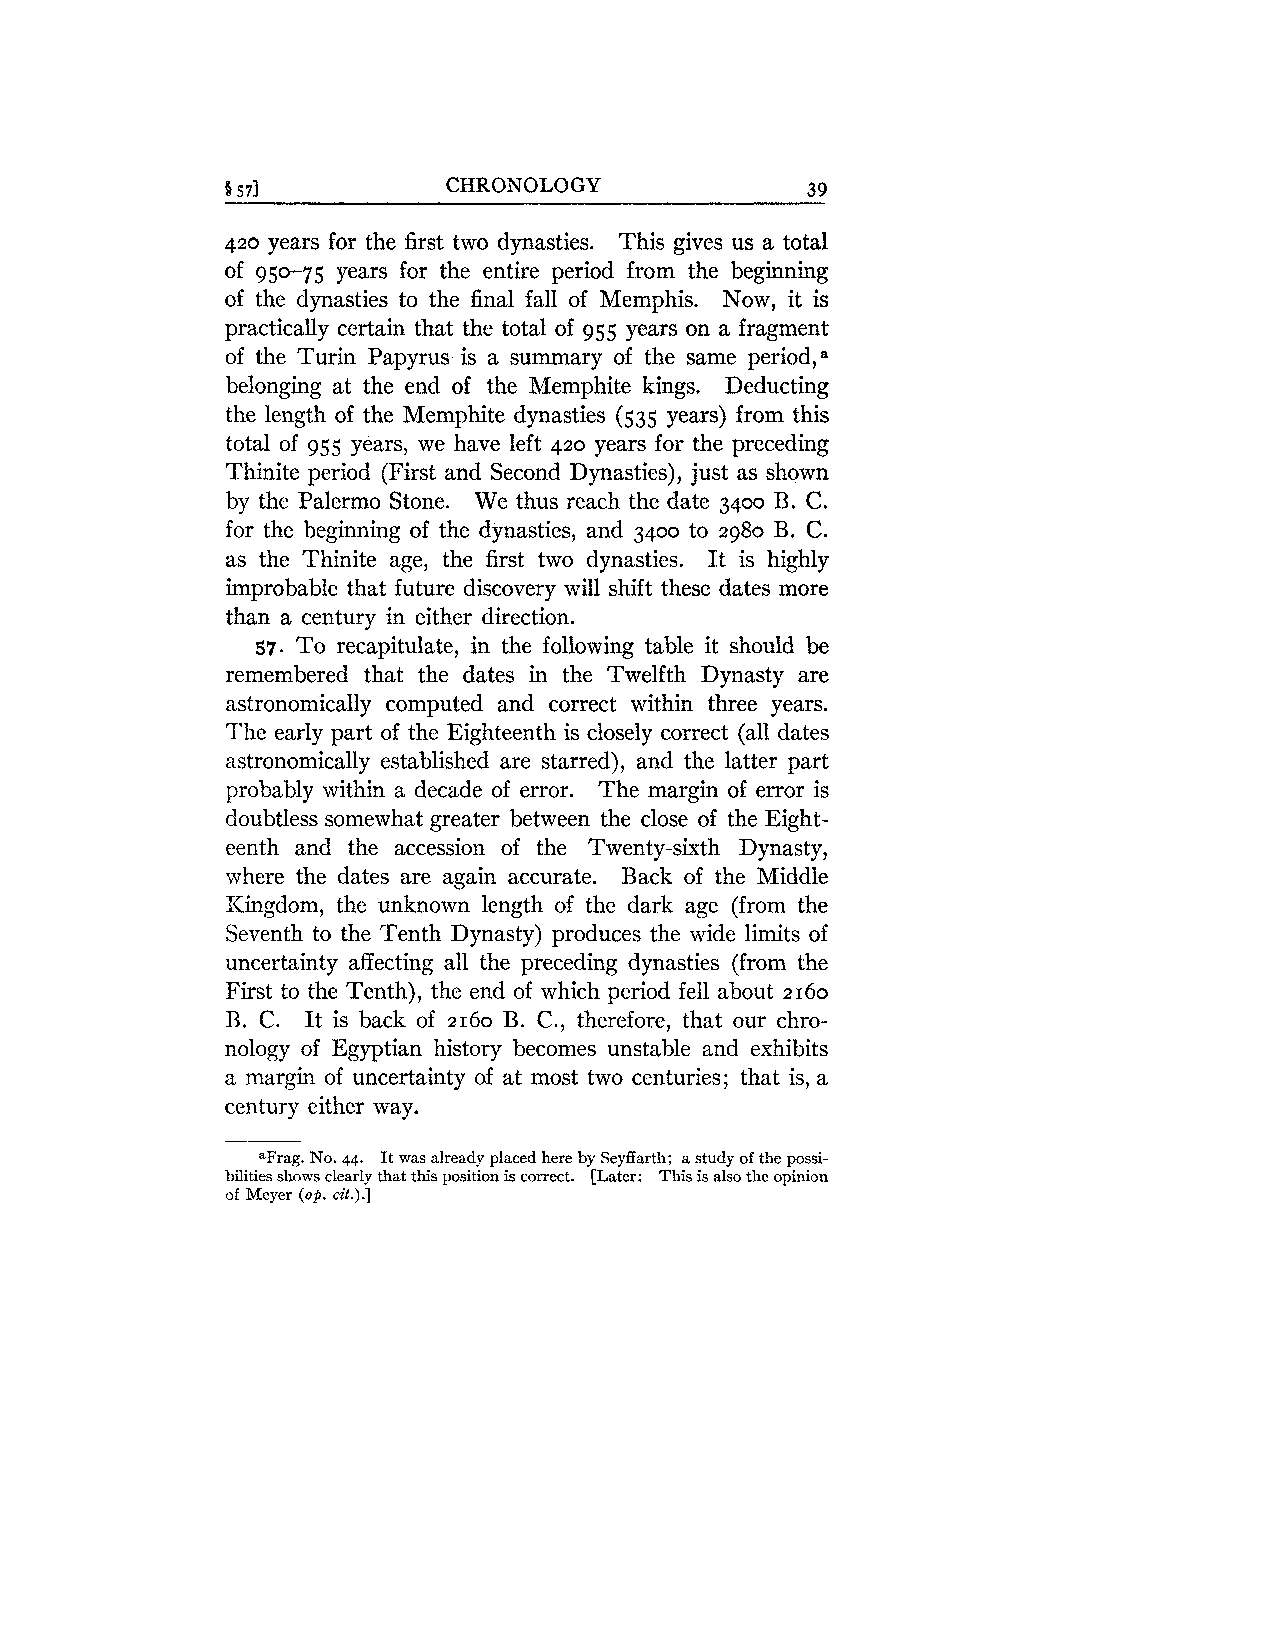
5 571          CHRONOLOGY             39
 420 years for the first two dynasties. This gives us a total
 of 950-75 years for the entire period from the beginning
 of the dynasties to the final fall of Memphis. Now, it is
 practically certain that the total of 955 years on a fragment
 of the Turin Papyrus is a summary of the same period;
 belonging at the end of the Memphite kings. Deducting
 the length of the Memphite dynasties (535 years) from this
 total of 955 years, we have left 420 years for the preceding
 Thinite period (First and Second Dynasties), just as shown
 by the Palermo Stone. We thus reach the date 3400 B. C.
 for the beginning of the dynasties, and 3400 to 2980 B. C.
 as the Thinite age, the first two dynasties. It is highly
 improbable that future discovery will shift these dates more
 than a century in either direction.
 57. To recapitulate, in the following table it should be
 remembered that the dates in the Twelfth Dynasty are
 astronomically computed and correct within three years.
 The early part of the Eighteenth is closely correct (all dates
 astronomically established are starred), and the latter part
 probably within a decade of error. The margin of error is
 doubtless somewhat greater between the close of the Eight-
 eenth and the accession of the Twenty-sixth Dynasty,
 where the dates are again accurate. Back of the Middle
 Kingdom, the unknown length of the dark age (from the
 Seventh to the Tenth Dynasty) produces the wide limits of
 uncertainty affecting all the preceding dynasties (from the
 First to the Tenth), the end of which period fell about 2160
 B. C. It is back of 2160 B. C., therefore, that our chro-
 nology of Egyptian history becomes unstable and exhibits
 a margin of uncertainty of at most two centuries; that is, a
 century either way.
 "Frag. No. 44. It was already placed here by Seyffarth; a study of the possi-
 bilities shows clearly that this position is correct. [Later: This is also the opinion
 of Meyer (op. cit.).]